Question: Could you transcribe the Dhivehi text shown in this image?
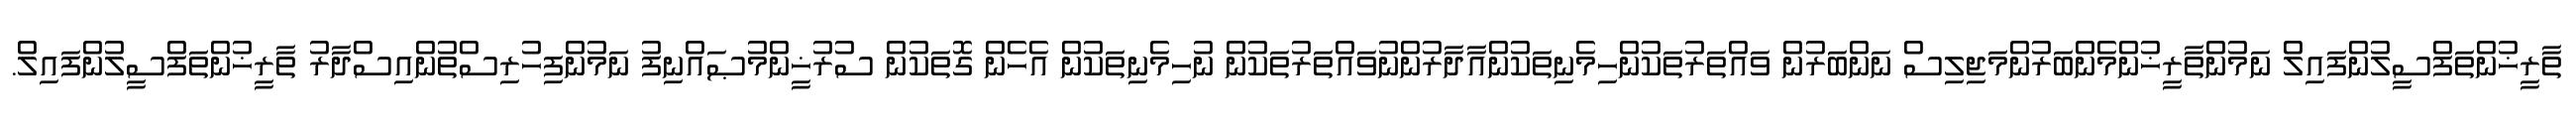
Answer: ތާރީޚުންތަފްސީލުންފައިލް ނަމުންތާރީޚުންމެންބަރުންމަޖިލިސް ނަންބަރުން ވައްތަރުތަކުންހިމެނިތަކުންއާދާރުންނުވައްތަރުތަކުން ނުހިމެނިތަކުން އެހެން ގޮތަކުން ސުރުޚީންމުޞައްނިފު ނަމުންފިހުރިސްތުންއިސްދާރު ތާރީޚުންތަފްސީލުންފައިލް.